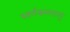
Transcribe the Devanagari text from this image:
स्वर्णकमलालु